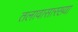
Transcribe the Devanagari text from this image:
तलावासारख्या